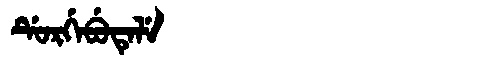
Manchu: ᡩᡠᡵᡤᡝᠪᡠᡨᡝᠯᡝ
Romanization: DURGEBUTELE